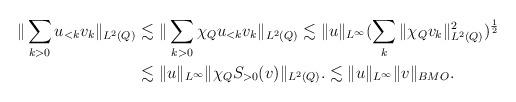
LaTeX: \begin{align*}\|\sum_{k > 0} u_{<k} v_k\|_{L^2(Q)} \lesssim & \ \|\sum_{k > 0} \chi_{Q} u_{<k} v_k\|_{L^2(Q)}\lesssim \|u\|_{L^\infty} ( \sum_k \| \chi_Q v_k\|^2_{L^2(Q)})^\frac12\\ \lesssim & \ \| u\|_{L^\infty} \| \chi_Q S_{>0}(v)\|_{L^2(Q)}.\lesssim \|u\|_{L^\infty} \|v\|_{BMO}.\end{align*}